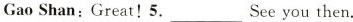
Gao Shan:Great!5.___Seeyou then.